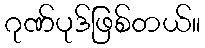
ဂုဏ်ပုဒ်ဖြစ်တယ်။